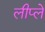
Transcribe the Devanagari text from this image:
लीप्ले